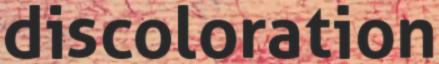
discoloration